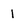
Character: 1